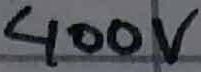
Text: 400V